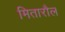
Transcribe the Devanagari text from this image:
मितारौल